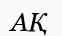
АҚ